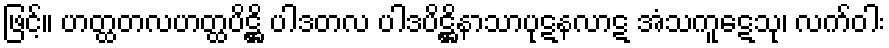
ဖြင့်။ ဟတ္ထတလဟတ္ထပိဋ္ဌိ ပါဒတလ ပါဒပိဋ္ဌိနာသာပုဋနလာဋ အံသကူဋေသု၊ လက်ဝါး